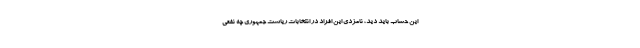
این حساب باید دید، نامزدی این افراد در انتخابات ریاست جمهوری چه نفعی